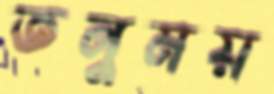
তনুময়